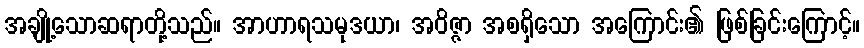
အချို့သောဆရာတို့သည်။ အာဟာရသမုဒယာ၊ အဝိဇ္ဇာ အစရှိသော အကြောင်း၏ ဖြစ်ခြင်းကြောင့်။